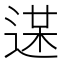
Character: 𨔋